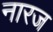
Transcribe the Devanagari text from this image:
नारज